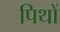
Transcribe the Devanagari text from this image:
पिथों